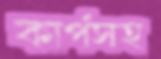
কার্পসহ